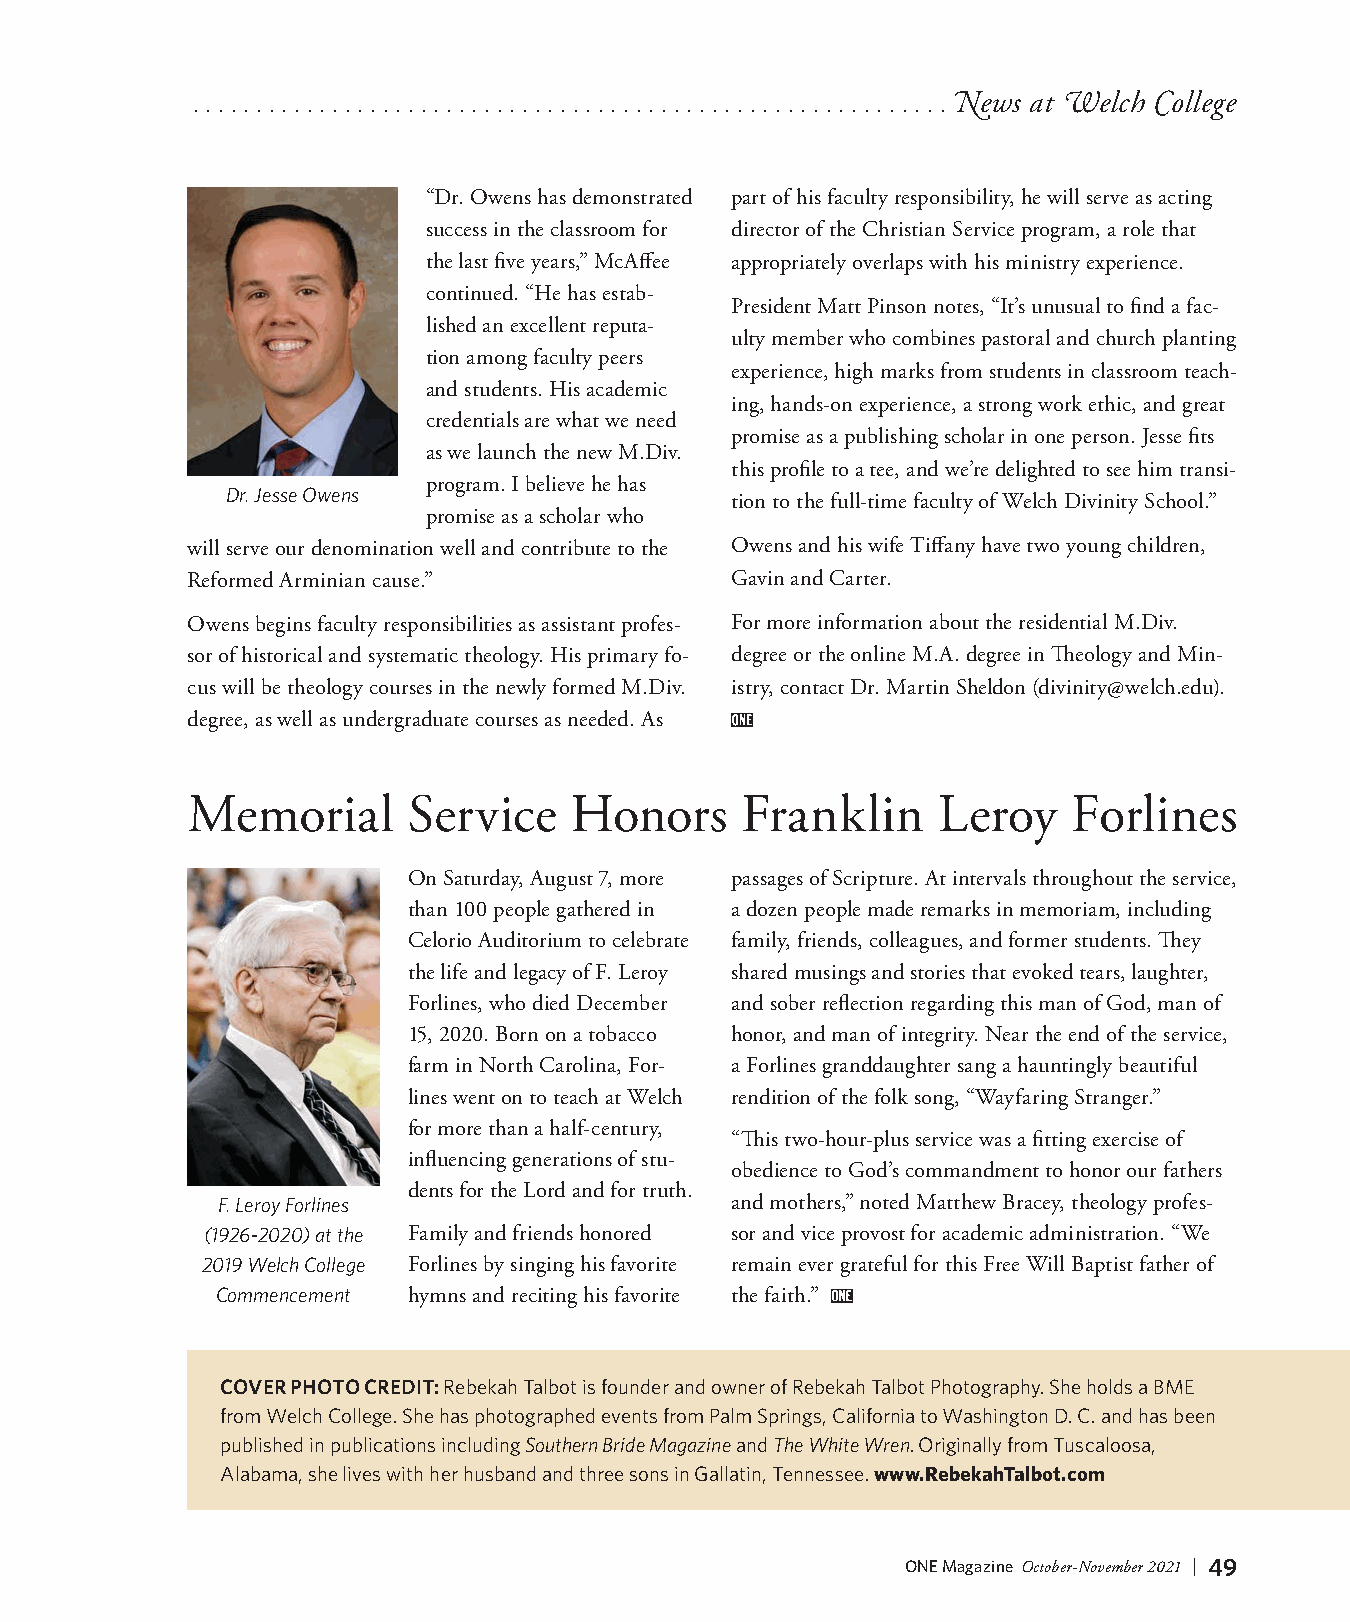
. . . . . . . . . . . . . . . . . . . . . . . . . . . . . . . . . . . . . . . . . . . . . . . . . . . . . . . . . . . .News at Welch College
 “Dr. Owens has demonstrated part of his faculty responsibility, he will serve as acting
 success in the classroom for director of the Christian Service program, a role that
 the last five years,” McAffee appropriately overlaps with his ministry experience.
 continued. “He has estab-
 President Matt Pinson notes, “It’s unusual to find a fac-
 lished an excellent reputa-
 ulty member who combines pastoral and church planting
 tion among faculty peers
 experience, high marks from students in classroom teach-
 and students. His academic
 ing, hands-on experience, a strong work ethic, and great
 credentials are what we need
 promise as a publishing scholar in one person. Jesse fits
 as we launch the new M.Div.
 this profile to a tee, and we’re delighted to see him transi-
 program. I believe he has
 Dr. Jesse Owens
 tion to the full-time faculty of Welch Divinity School.”
 promise as a scholar who
 will serve our denomination well and contribute to the Owens and his wife Tiffany have two young children,
 Reformed Arminian cause.”           Gavin and Carter.
 Owens begins faculty responsibilities as assistant profes- For more information about the residential M.Div.
 sor of historical and systematic theology. His primary fo- degree or the online M.A. degree in Theology and Min-
 cus will be theology courses in the newly formed M.Div. istry, contact Dr. Martin Sheldon (divinity@welch.edu).
 degree, as well as undergraduate courses as needed. As
 Memorial       Service    Honors     Franklin     Leroy    Forlines
 On Saturday, August 7, more passages of Scripture. At intervals throughout the service,
 than 100 people gathered in a dozen people made remarks in memoriam, including
 Celorio Auditorium to celebrate family, friends, colleagues, and former students. They
 the life and legacy of F. Leroy shared musings and stories that evoked tears, laughter,
 Forlines, who died December and sober reflection regarding this man of God, man of
 15, 2020. Born on a tobacco honor, and man of integrity. Near the end of the service,
 farm in North Carolina, For- a Forlines granddaughter sang a hauntingly beautiful
 lines went on to teach at Welch rendition of the folk song, “Wayfaring Stranger.”
 for more than a half-century,
 “This two-hour-plus service was a fitting exercise of
 influencing generations of stu-
 obedience to God’s commandment to honor our fathers
 dents for the Lord and for truth.
 F. Leroy Forlines                 and mothers,” noted Matthew Bracey, theology profes-
 (1926-2020) at the Family and friends honored sor and vice provost for academic administration. “We
 2019 Welch College Forlines by singing his favorite remain ever grateful for this Free Will Baptist father of
 Commencement hymns and reciting his favorite the faith.”
 COVER PHOTO CREDIT: Rebekah Talbot is founder and owner of Rebekah Talbot Photography. She holds a BME
 from Welch College. She has photographed events from Palm Springs, California to Washington D. C. and has been
 published in publications including Southern Bride Magazine and The White Wren. Originally from Tuscaloosa,
 Alabama, she lives with her husband and three sons in Gallatin, Tennessee. www.RebekahTalbot.com
 ONE Magazine October-November 2021 | 49